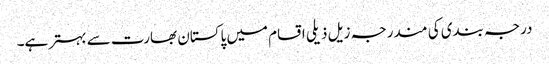
درجہ بندی کی مندرجہ زیل ذیلی اقسام میں پاکستان بھارت سے بہتر ہے۔